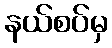
နယ်စပ်မှ